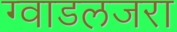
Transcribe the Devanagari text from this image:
ग्वाडलजरा